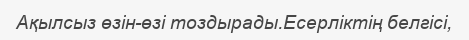
Ақылсыз өзін-өзі тоздырады.Есерліктің белгісі,